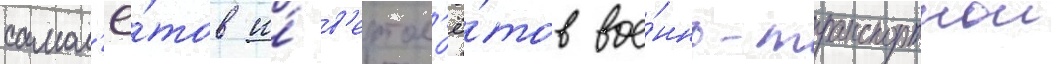
самол'ё́тов и́ в'ертол'ё́тов вое́нно-транспортнои